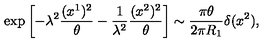
\exp \left[ - \lambda ^ { 2 } \frac { ( x ^ { 1 } ) ^ { 2 } } { \theta } - \frac { 1 } { \lambda ^ { 2 } } \frac { ( x ^ { 2 } ) ^ { 2 } } { \theta } \right] \sim \frac { \pi \theta } { 2 \pi R _ { 1 } } \delta ( x ^ { 2 } ) ,